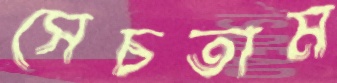
সেচতাম